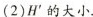
(2)H^{\prime}的大小.